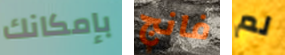
بإمكانك فانج لم